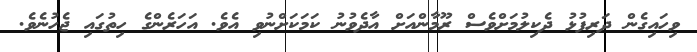
ވިހައިގެން ދަރިފުޅު ދެކިލުމަށްވެސް ރޫމާންއަށް އާދެވުނު ކަމަކަށްނުވި އެވެ. އަހަރެންގެ ހިތުގައި ޖެހުނެވެ.